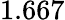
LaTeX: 1.667